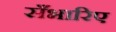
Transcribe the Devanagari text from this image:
सँभारिए